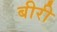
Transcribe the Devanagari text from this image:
बीरी